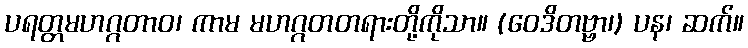
ပရတ္တမဟဂ္ဂတာဝ၊ ကာမ မဟဂ္ဂတတရားတို့ကိုသာ။ (ဝေဒိတဗ္ဗာ၊) ပန၊ ဆက်။